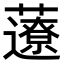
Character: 𧂏